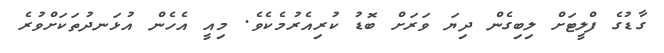
ގާޑުގެ ފްލީޓަށް ލިބިގެން ދިޔަ ވަރަށް ބޮޑު ކުރިއެރުމެކެވެ. މިއީ އެހެން އުޅަނދުތަކަށްވުރެ